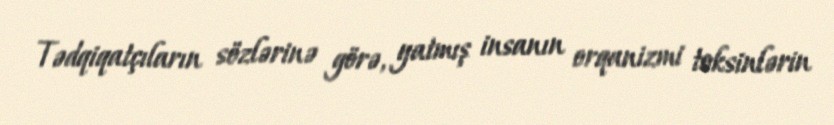
Tədqiqatçıların sözlərinə görə, yatmış insanın orqanizmi toksinlərin